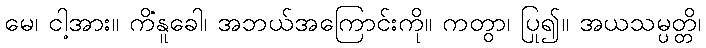
မေ၊ ငါ့အား။ ကိံနူခေါ၊ အဘယ်အကြောင်းကို။ ကတွာ၊ ပြု၍။ အယသမ္ပတ္တိ၊